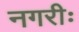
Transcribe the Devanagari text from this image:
नगरीः